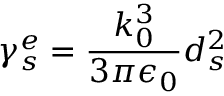
\gamma _ { s } ^ { e } = \frac { k _ { 0 } ^ { 3 } } { 3 \pi \epsilon _ { 0 } } d _ { s } ^ { 2 }